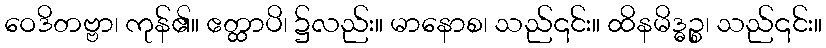
ဝေဒိတဗ္ဗာ၊ ကုန်၏။ ဧတ္ထာပိ၊ ၌လည်း။ မာနောစ၊ သည်၎င်း။ ထိနမိဒ္ဓဉ္စ၊ သည်၎င်း။